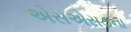
એસએસ૭ના